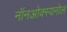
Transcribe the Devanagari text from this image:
नॉनओक्स्यनोल